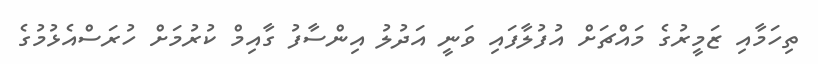
ތިހަމާއި ޒަމީރުގެ މައްޗަށް އުފުލާފައި ވަނީ އަދުލު އިންސާފު ގާއިމް ކުރުމަށް ހުރަސްއެޅުމުގެ